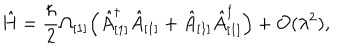
\hat { H } = \frac { \hbar } { 2 } \Omega _ { [ 1 ] } \Bigl ( \hat { A } _ { [ 1 ] } ^ { \dagger } \hat { A } _ { [ 1 ] } + \hat { A } _ { [ 1 ] } \hat { A } _ { [ 1 ] } ^ { \dagger } \Bigr ) + { \cal O } ( \lambda ^ { 2 } ) ,